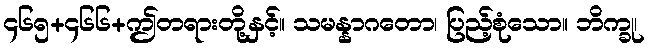
၄၆၅+၄၆၆+ဤတရားတို့နှင့်။ သမန္နာဂတော၊ ပြည့်စုံသော။ ဘိက္ခု၊